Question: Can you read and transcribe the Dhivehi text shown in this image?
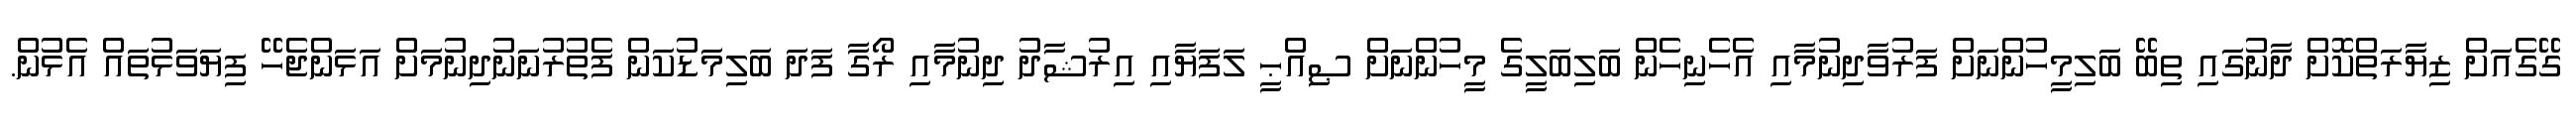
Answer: ގޭގެއަށް ޒިޔާރަތްކޮށް ދާނުގައި ތިބޭ ބަލިމީހުންނަށް ފަރުވާދިނުމާއި އެހެނިހެން ބަލިބަލީގެ މީހުންނަށް ޞިއްޙީ ލަފަޔާއި އިރުޝާދު ދިނުމާއި ރޯގާ ފަދަ ބަލިމަޑުކަން ފެތުރުނަނުދިނުމަށް އަޅަންޖެހޭ ފިޔަވަޅުތައް އެޅުން.